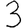
Digit: 3